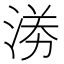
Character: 𭰼